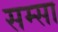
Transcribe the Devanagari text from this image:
सम्सा